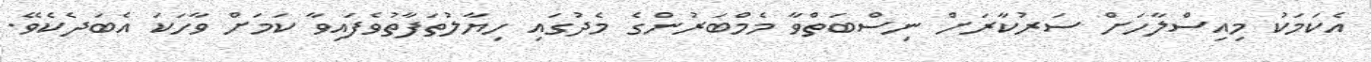
އެކަމަކު މިއިސްލާހަށް ސަރުކާރަށް ނިސްބަތްވާ މެމްބަރުންގެ މެދުގައި ހިޔާލުތަފާތުވެފައިވާ ކަމަށް ވާހަކަ އެބަދެކެވޭ.